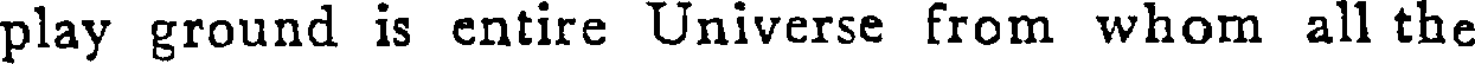
play ground is entire Universe from whom all the